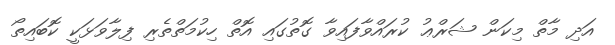
އަދި މާތް މިކަން ޝަރްޢު ކުރައްވާފައިވާ ގޮތުގައި އޮތް ހިކުމަތްތެރި ފިލާވަޅަކީ ކޮބައިތޯ